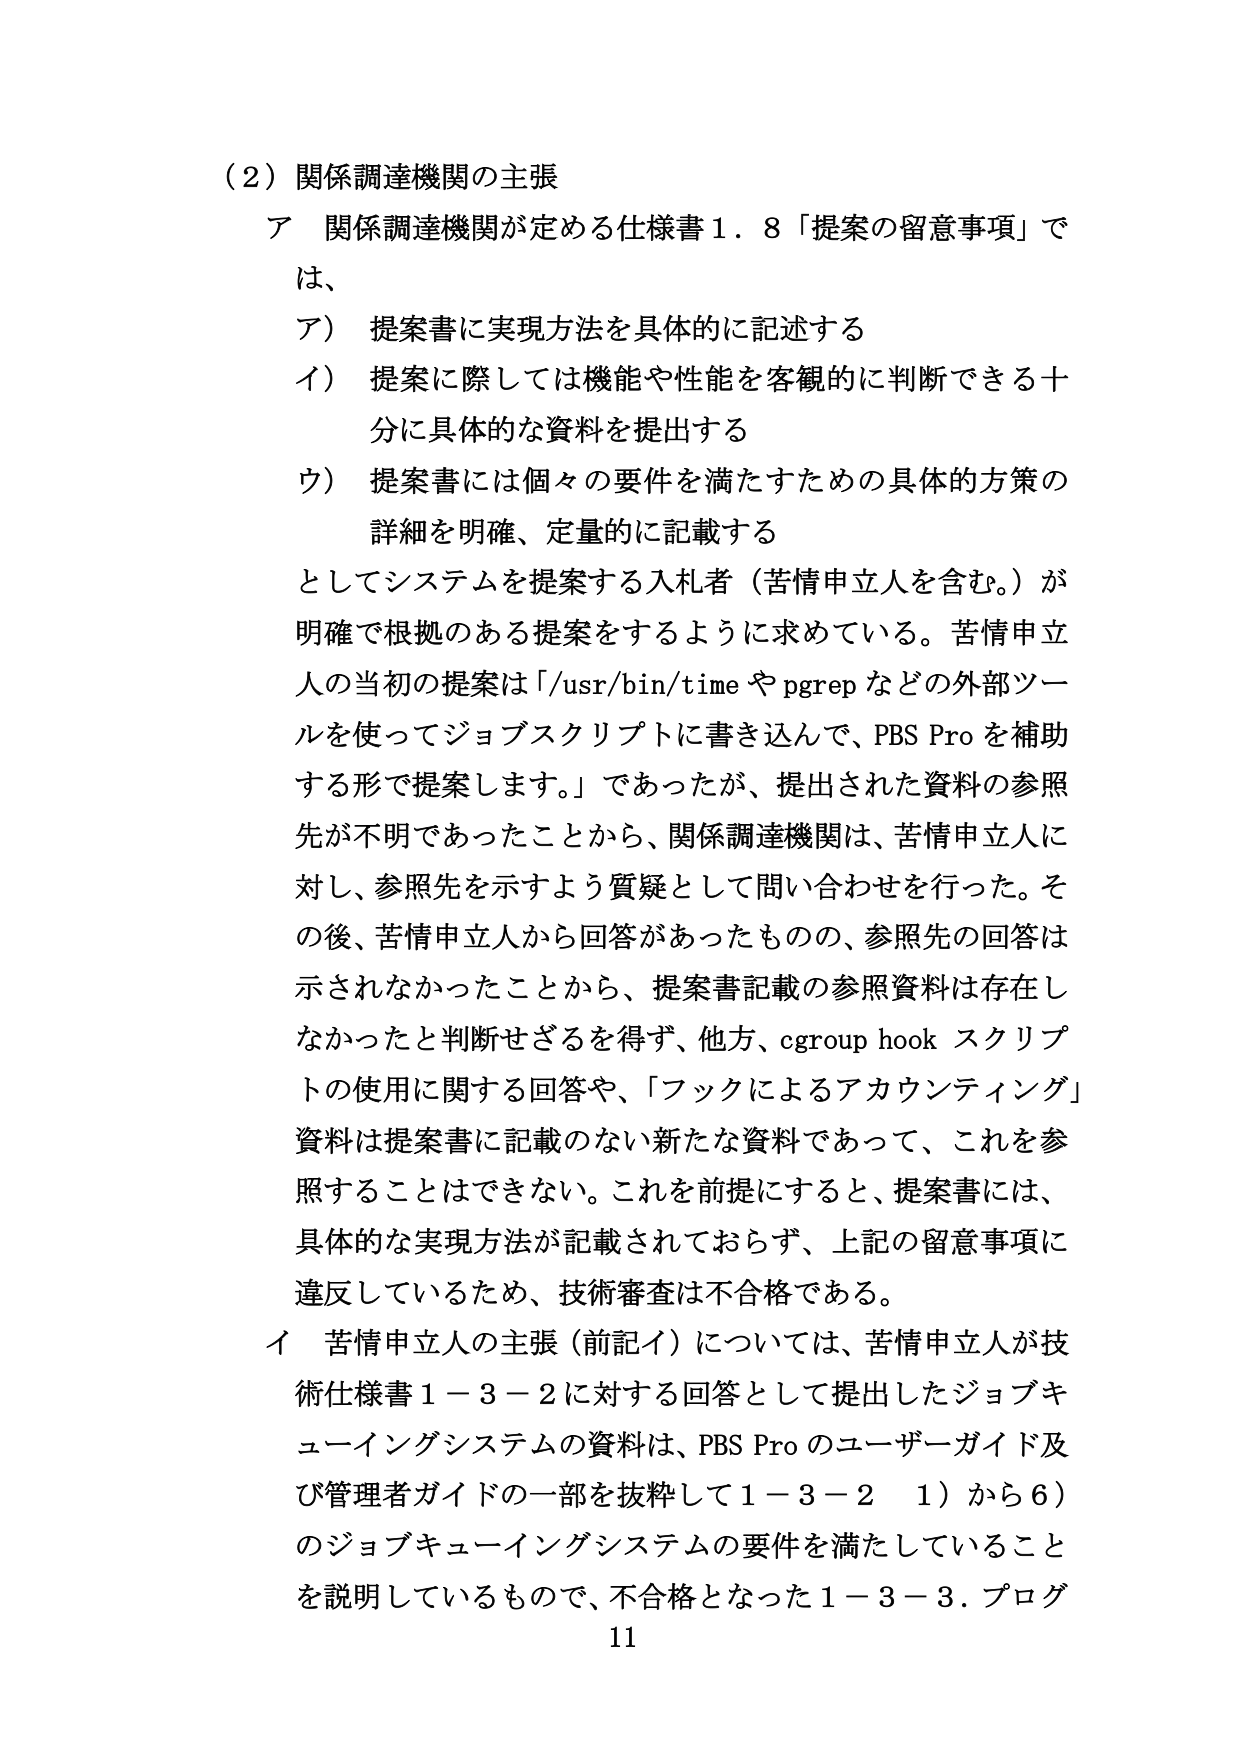
（2）関係調達機関の主張
ア 関係調達機関が定める仕様書１．８「提案の留意事項」では、
ア） 提案書に実現方法を具体的に記述する
イ） 提案に際しては機能や性能を客観的に判断できる十分に具体的な資料を提出する
ウ） 提案書には個々の要件を満たすための具体的方策の詳細を明確、定量的に記載する

としてシステムを提案する入札者（苦情申立人を含む。）が明確で根拠のある提案をするように求めている。苦情申立人の当初の提案は「/usr/bin/time や pgrep などの外部ツールを使ってジョブスクリプトに書き込んで、PBS Pro を補助する形で提案します。」であったが、提出された資料の参照先が不明であったことから、関係調達機関は、苦情申立人に対し、参照先を示すよう質疑として問い合わせを行った。その後、苦情申立人から回答があったものの、参照先の回答は示されなかったことから、提案書記載の参照資料は存在しなかったと判断せざるを得ず、他方、cgroup hook スクリプトの使用に関する回答や、「フックによるアカウンティング」資料は提案書に記載のない新たな資料であって、これを参照することはできない。これを前提にすると、提案書には、具体的な実現方法が記載されておらず、上記の留意事項に違反しているため、技術審査は不合格である。

イ 苦情申立人の主張（前記イ）については、苦情申立人が技術仕様書１－３－２に対する回答として提出したジョブキューイングシステムの資料は、PBS Pro のユーザーガイド及び管理者ガイドの一部を抜粋して１－３－２ １）から６）のジョブキューイングシステムの要件を満たしていることを説明しているもので、不合格となった１－３－３．プログ

11